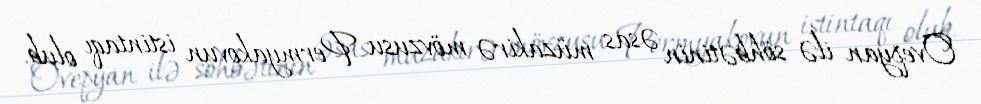
Ovepyan ilə söhbətinin əsas müzakirə mövzusu Permyakovun istintaqı olub.